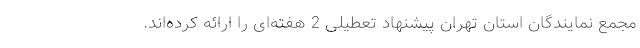
مجمع نمایندگان استان تهران پیشنهاد تعطیلی 2 هفته‌ای را ارائه کرده‌اند.